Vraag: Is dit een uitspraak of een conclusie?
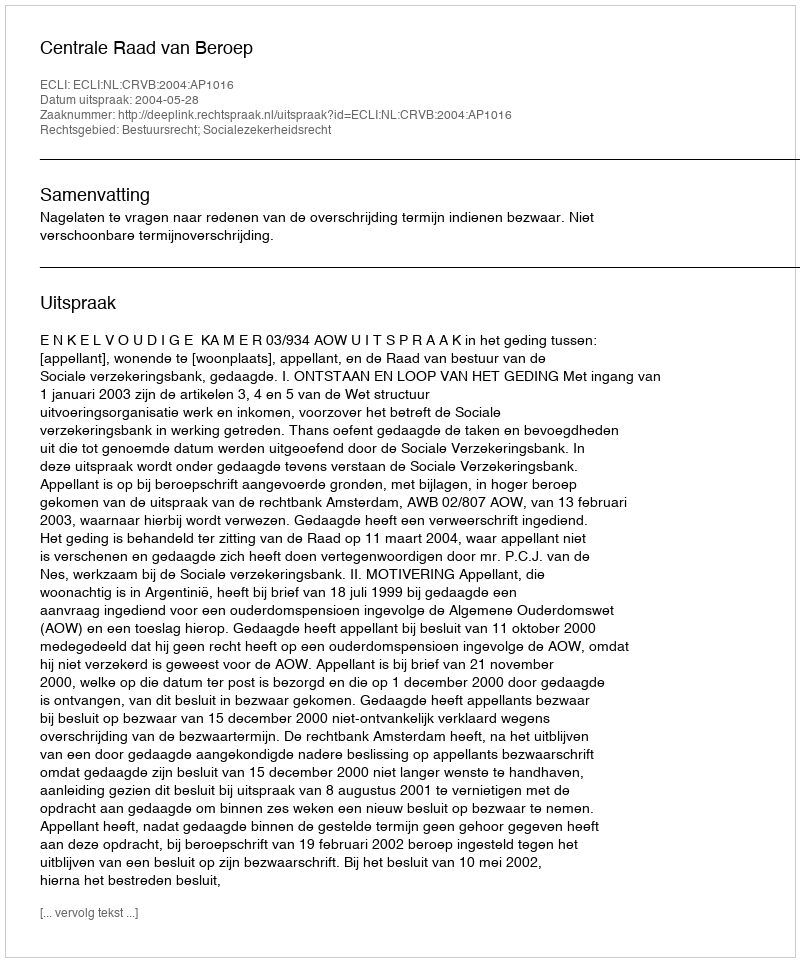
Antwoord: Uitspraak